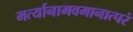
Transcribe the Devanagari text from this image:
मर्त्यानामवमानात्परं